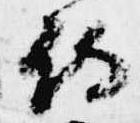
侍